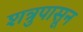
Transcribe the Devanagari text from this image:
शत्रुपासून